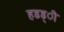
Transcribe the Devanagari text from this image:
हडड्ी